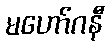
မဟော်ဂနီ